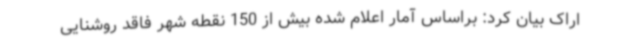
اراک بیان کرد: براساس آمار اعلام شده بیش از 150 نقطه شهر فاقد روشنایی